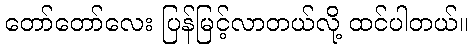
တော်တော်လေး ပြန်မြင့်လာတယ်လို့ ထင်ပါတယ်။